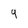
Character: 9